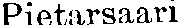
Pietarsaari